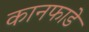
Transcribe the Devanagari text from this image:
कानफाडे